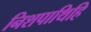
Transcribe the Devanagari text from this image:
निशपाथिहि